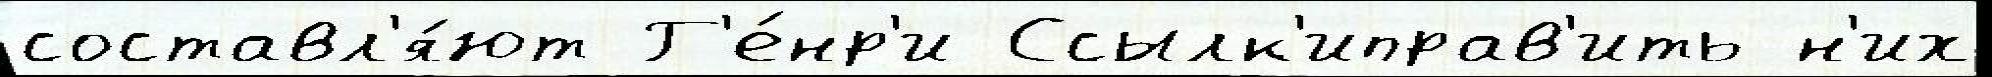
составл'я́ют Г'е́нр'и Ссылк'иправ'ить н'их